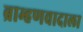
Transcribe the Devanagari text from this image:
ब्राम्हणवादाला